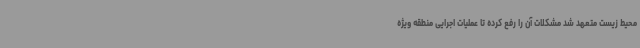
محیط زیست متعهد شد مشکلات آن را رفع کرده تا عملیات اجرایی منطقه ویژه